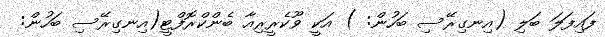
ފައިފަލަ ބަލި (އިނގިރޭސި ބަހުން: ) އަކީ ވޫކެރީރިއާ ބެންކްރޮފްޓީ(އިނގިރޭސި ބަހުން: